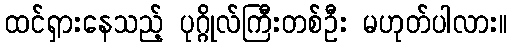
ထင်ရှားနေသည့် ပုဂ္ဂိုလ်ကြီးတစ်ဦး မဟုတ်ပါလား။